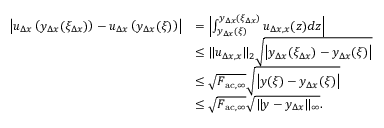
\begin{array} { r l } { \left| u _ { \Delta x } \left( y _ { \Delta x } ( \xi _ { \Delta x } ) \right) - u _ { \Delta x } \left( y _ { \Delta x } ( \xi ) \right) \right| } & { = \left| \int _ { y _ { \Delta x } ( \xi ) } ^ { y _ { \Delta x } ( \xi _ { \Delta x } ) } u _ { \Delta x , x } ( z ) d z \right| } \\ & { \leq \| u _ { \Delta x , x } \| _ { 2 } \sqrt { \left| y _ { \Delta x } ( \xi _ { \Delta x } ) - y _ { \Delta x } ( \xi ) \right| } } \\ & { \leq \sqrt { F _ { \mathrm { a c } , \infty } } \sqrt { \left| y ( \xi ) - y _ { \Delta x } ( \xi ) \right| } } \\ & { \leq \sqrt { F _ { \mathrm { a c } , \infty } } \sqrt { \| y - y _ { \Delta x } \| _ { \infty } } . } \end{array}